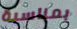
بمناسبة